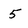
Character: 5